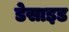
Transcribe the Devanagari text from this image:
डेसाइड